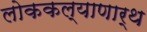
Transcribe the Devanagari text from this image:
लोककल्याणार्थ